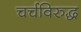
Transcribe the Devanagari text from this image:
चर्चविरुद्ध